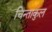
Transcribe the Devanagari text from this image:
चिन्ताकुल